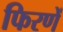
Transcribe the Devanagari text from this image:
फिरणें